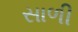
સાળી